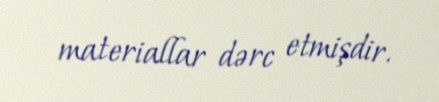
materiallar dərc etmişdir.